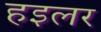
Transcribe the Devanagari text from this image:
हइलर